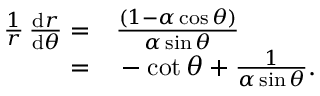
\begin{array} { r l } { \frac { 1 } { r } \, \frac { \mathrm { d } r } { \mathrm { d } \theta } = } & { { } \frac { ( 1 - \alpha \cos \theta ) } { \alpha \sin \theta } } \\ { = } & { { } - \cot \theta + \frac { 1 } { \alpha \sin \theta } . } \end{array}